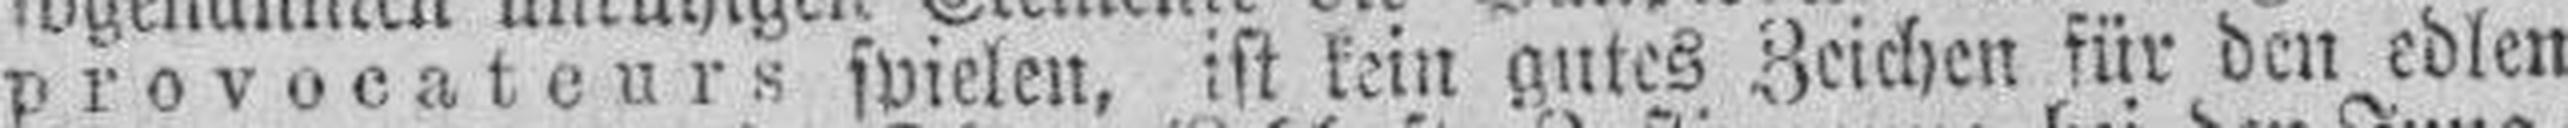
provocateurs spielen, ist kein gutes Zeichen für den edlen